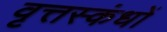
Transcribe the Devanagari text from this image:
वृत्तस्कंधों